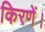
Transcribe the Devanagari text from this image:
किरणें।